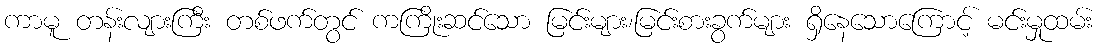
ကာမူ တန်းလျားကြီး တစ်ဖက်တွင် ကကြိုးဆင်သော မြင်းများ၊မြင်းစားခွက်များ ရှိနေသောကြောင့် မင်းမှုထမ်း